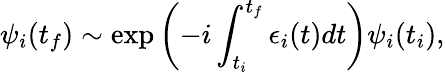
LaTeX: \psi_{i}(t_{f})\sim\exp\left(-i\int_{t_{i}}^{t_{f}}\epsilon_{i}(t)dt\right)\psi_{i}(t_{i}),